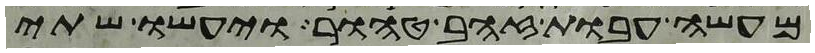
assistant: מעשה עבות זהב טהור ויעשו שתי